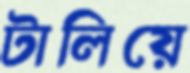
টালিয়ে